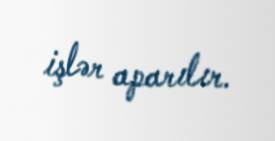
işlər aparılır.